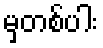
မှတစ်ပါး